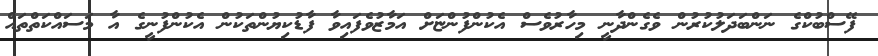
ފޭސްބުކްގެ ނަންބަދަލުކުރުން ވެގެންދާނީ މިހާރުވެސް އެކުންފުންޏަށް އަމާޒުވެފައިވާ ފާޑުކިޔުންތަކުން އެކުންފުނީގެ އާ މަސައްކަތްތައް